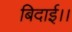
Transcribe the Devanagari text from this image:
बिदाई।।